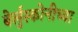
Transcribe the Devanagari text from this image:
बेर्लुस्कोनीच्या